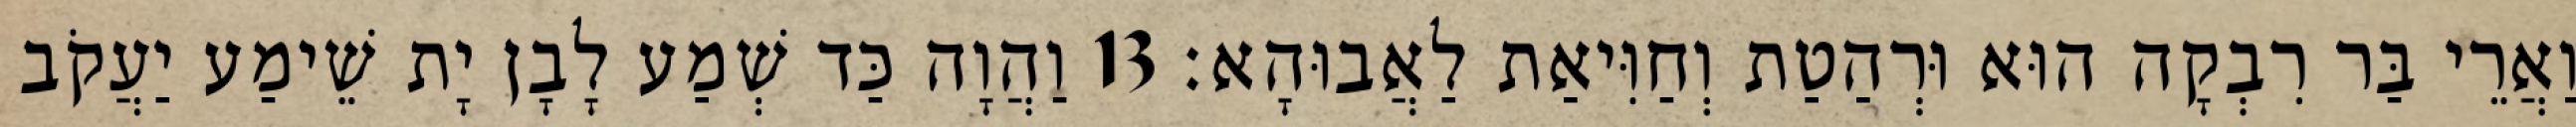
וַאֲרֵי בַּר רִבְקָה הוּא וּרְהַטַת וְחַוִּיאַת לַאֲבוּהָא׃ 13 וַהֲוָה כַּד שְׁמַע לָבָן יָת שֵׁימַע יַעֲקֹב